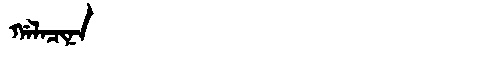
Manchu: ᡤᠠᠯᠠᠴᡳᠨᠠ
Romanization: GALACINA